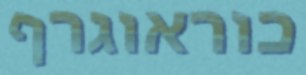
כוראוגרף